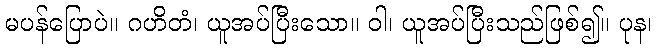
မပန်ပြောပဲ။ ဂဟိတံ၊ ယူအပ်ပြီးသော။ ဝါ၊ ယူအပ်ပြီးသည်ဖြစ်၍။ ပုန၊